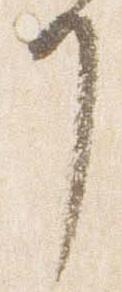
了